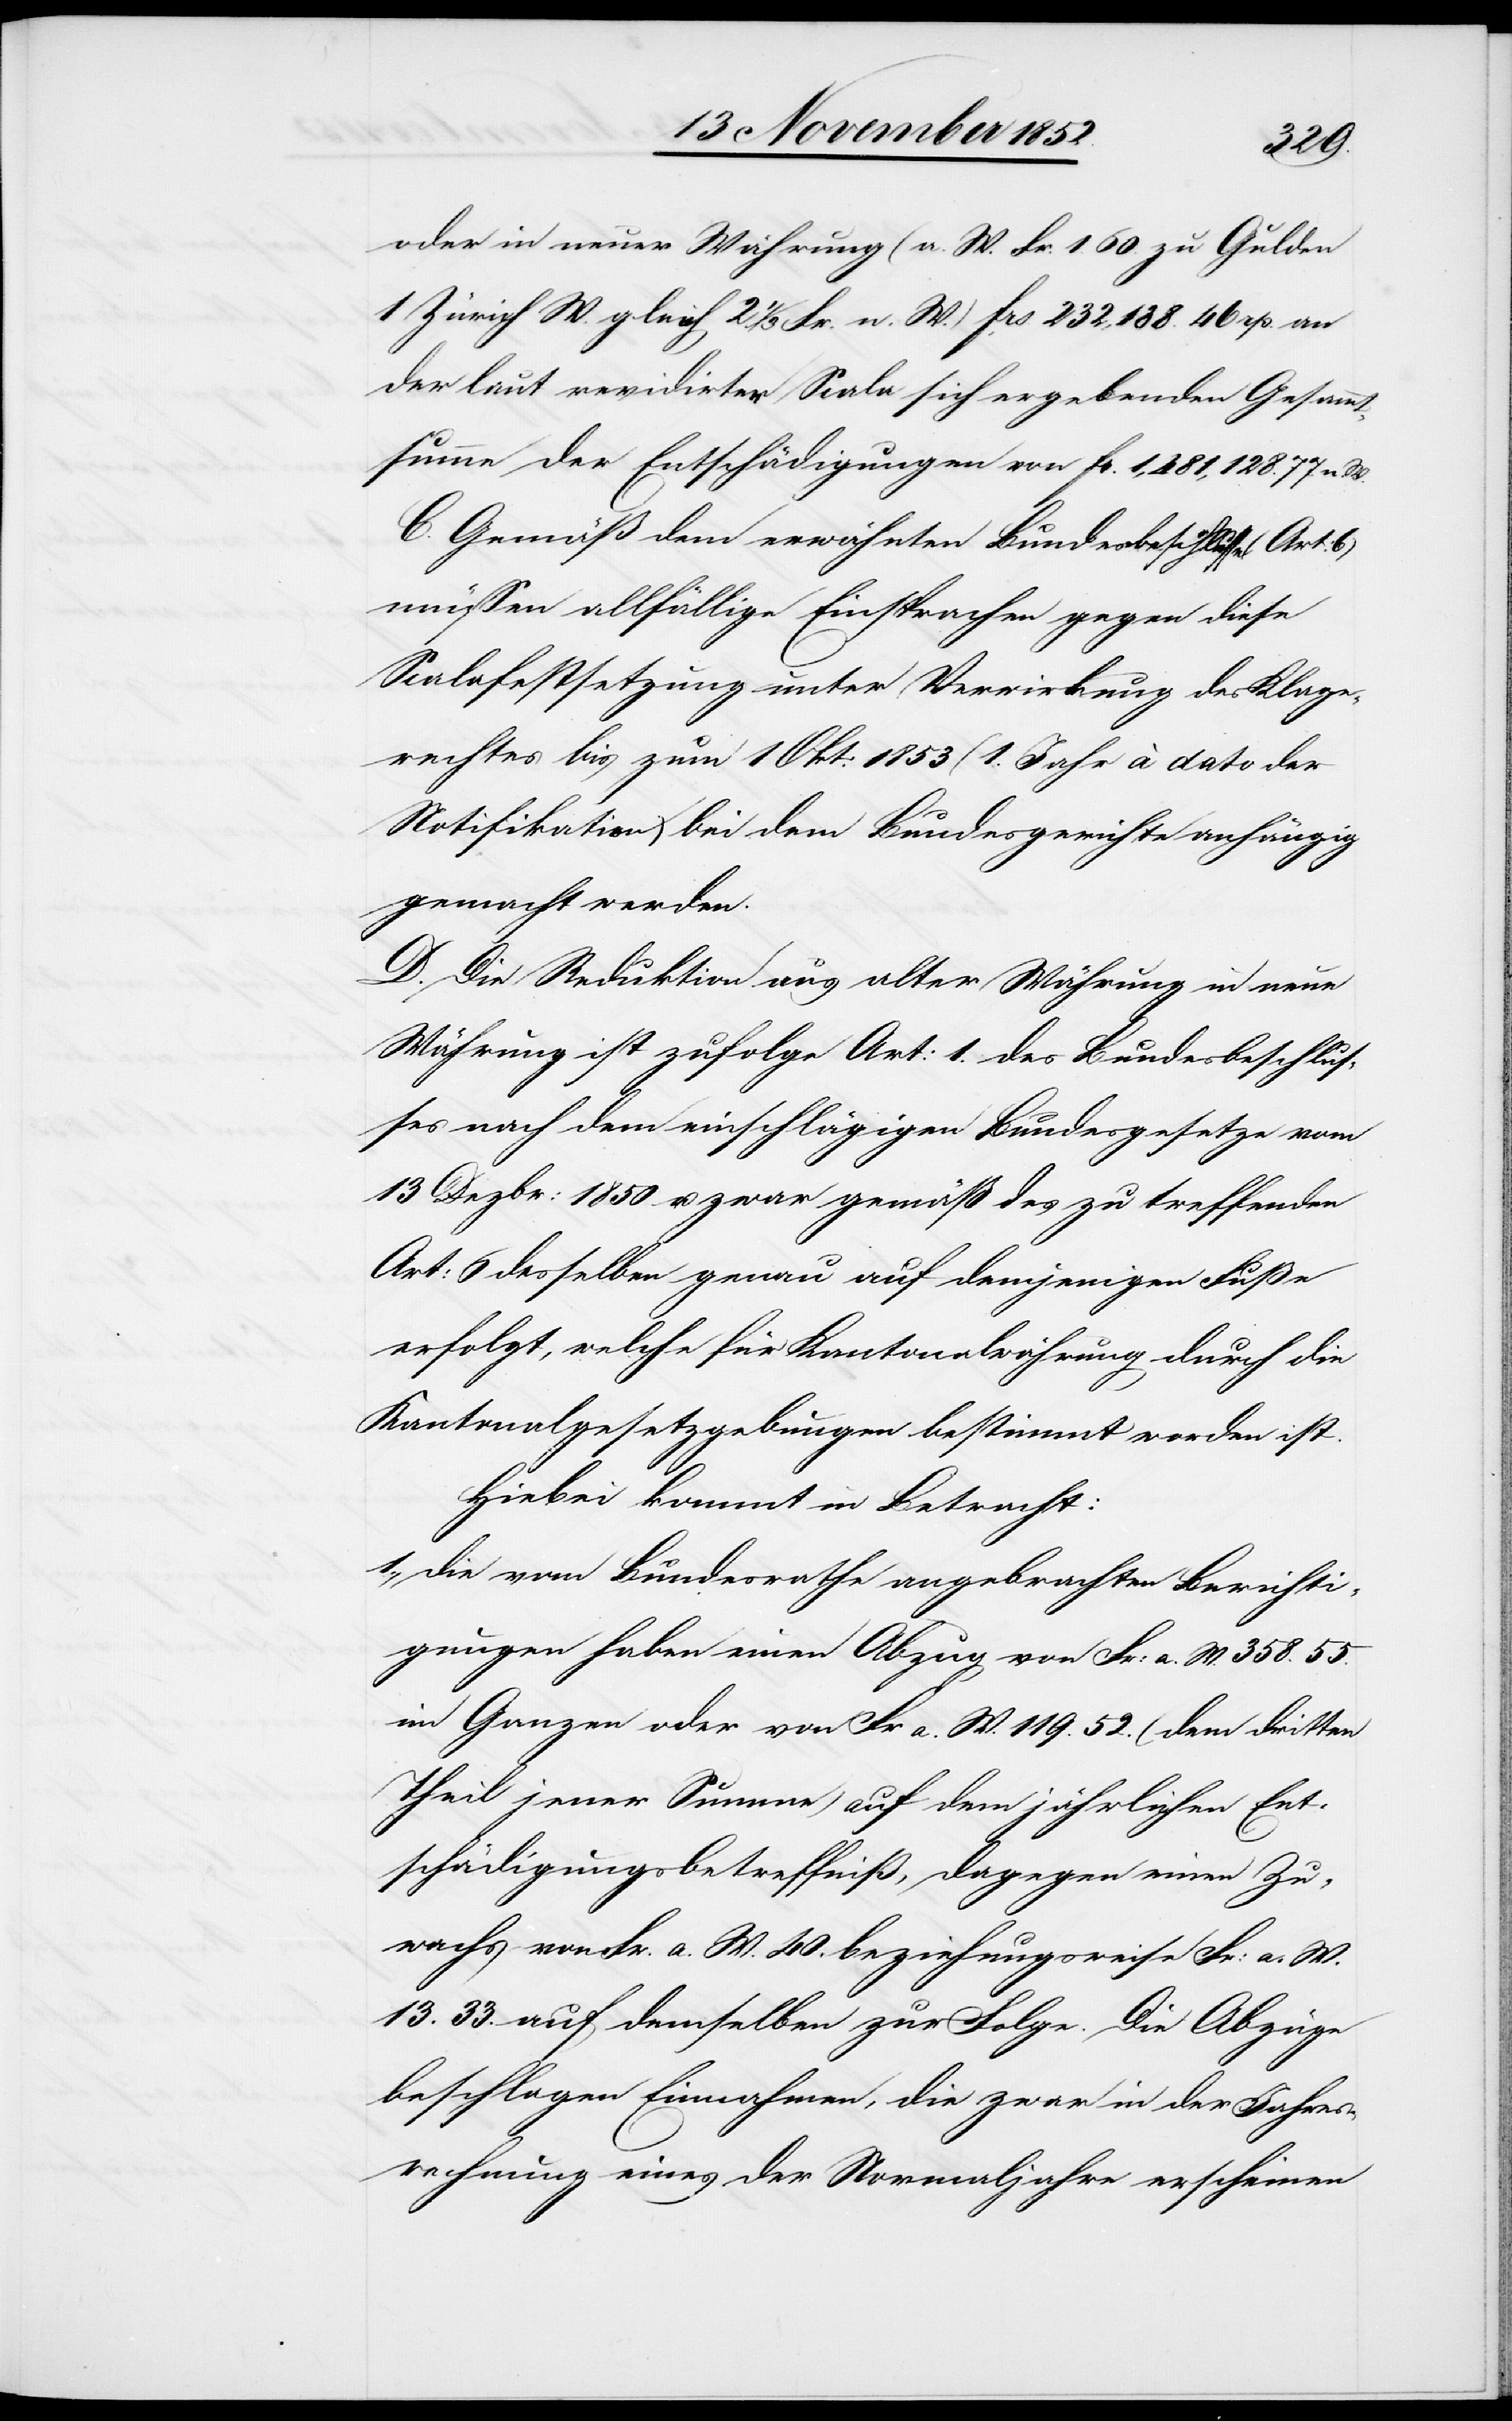
oder in neuer Währung (a. W. Fr. 1. 60. zu Gulden
1 Zürich W. gleich 2 1/3 Fr. n. W.) Frs. 232,138. 46 rp. an
der laut revidirter Scala sich ergebenden Gesamm¬
tsumme der Entschädigungen von Fr. 1,481,128. 77 n. W.
C. Gemäß dem erwähnten Bundesbeschlusse (Art:
müssen allfällige Einsprachen gegen diese
Scalafestsetzung unter Verwirkung des Klage¬
rechtes bis zum 1 Okt: 1853 (1. Jahr à dato der
Notifikation) bei dem Bundesgerichte anhängig
gemacht werden.
D. Die Reduktion aus alter Währung in neue
Währung ist zufolge Art: 1. des Bundesbeschlus¬
ses nach dem einschlägigen Bundesgesetze vom
13 Dezbr: 1850 u. zwar gemäß des zu treffenden
Art: 6 desselben genau auf demjenigen Fuße
erfolgt, welche für Kantonalwährung durch die
Kantonalgesetzgebungen bestimmt worden ist.
Hiebei kommt in Betracht:
1., Die vom Bundesrathe angebrachten Berichti¬
gungen haben einen Abzug von Fr: a. W. 358. 55.
im Ganzen oder von Fr a. W. 119. 52. (dem dritten
Theil jener Summe) auf dem jährlichen Ent¬
schädigungsbetreffniß, dagegen einen Zu¬
wachs von Fr. a. W. 40. beziehungsweise Fr: a. W.
13. 33. auf demselben zur Folge. Die Abzüge
beschlagen Einnahmen, die zwar in der Jahres¬
rechnung eines der Normaljahre erscheinen